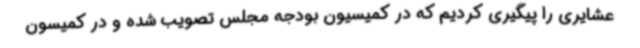
عشایری را پیگیری کردیم که در کمیسیون بودجه مجلس تصویب شده و در کمیسون